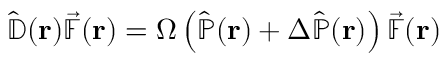
\hat { \mathbb { D } } ( \mathbf { r } ) \vec { \mathbb { F } } ( \mathbf { r } ) = \Omega \left( \hat { \mathbb { P } } ( \mathbf { r } ) + \Delta \hat { \mathbb { P } } ( \mathbf { r } ) \right) \vec { \mathbb { F } } ( \mathbf { r } )